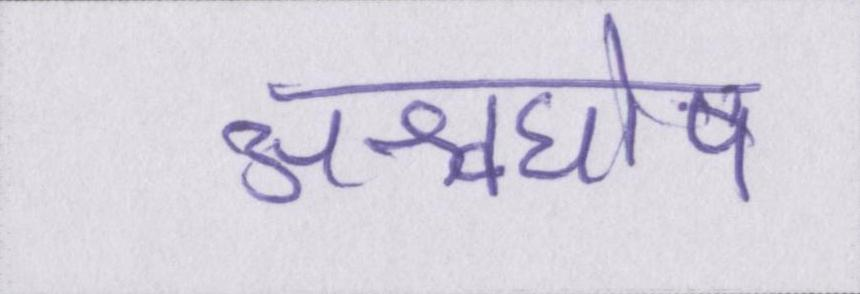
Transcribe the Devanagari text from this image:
अश्वघोष